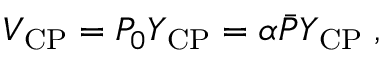
V _ { \mathrm { C P } } = P _ { 0 } Y _ { \mathrm { C P } } = \alpha \bar { P } Y _ { \mathrm { C P } } \; ,